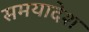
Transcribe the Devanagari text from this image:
समयादेश